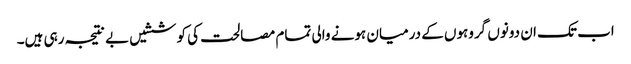
اب تک ان دونوں گروہوں کے درمیان ہونے والی تمام مصالحت کی کوششیں بے نتیجہ رہی ہیں۔